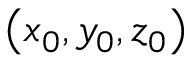
\left( x _ { 0 } , y _ { 0 } , z _ { 0 } \right)